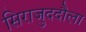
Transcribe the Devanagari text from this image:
सिराजुददौला